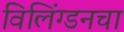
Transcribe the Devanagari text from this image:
विलिंग्डनचा